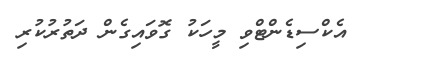
އެކްސިޑެންޓްވި މީހަކު ގޮވައިގެން ދަތުރުކުރި